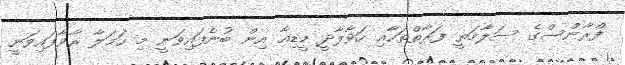
ފްރާންސްގެ ސަލާމަތީ ފަރާތްތަކާއި ހަވާލާދީ މީޑިއާ އިން ބުނެފައިވަނީ މި ހަމަލާ ރާވާފައިވަނީ